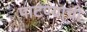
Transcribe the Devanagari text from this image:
पाटण्याची